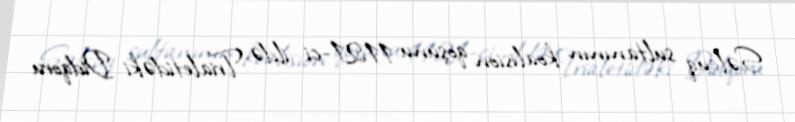
Səlcuq sultanının koalision qoşunu 1121-ci ildə Trialetidəki Didqoru